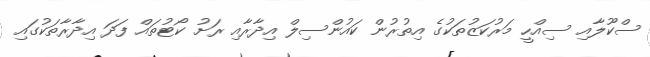
ސްކޫލާއި ސިއްހީ މަރުކަޒުތަކުގެ އިތުރުން ކައުންސިލް އިދާރާއި ރަށު ކޯޓުތައް ފަދަ އިދާރާތަކުގައި